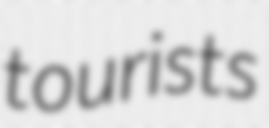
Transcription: tourists